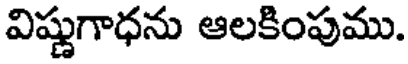
విష్ణుగాధను ఆలకింపుము.